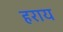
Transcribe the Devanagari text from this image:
हराय